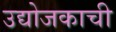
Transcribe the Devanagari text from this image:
उद्योजकाची